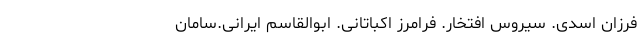
فرزان اسدی. سیروس افتخار. فرامرز اکباتانی. ابوالقاسم ایرانی.سامان